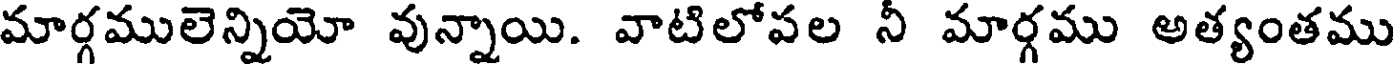
మార్గములెన్నియో వున్నాయి. వాటిలోపల నీ మార్గము అత్యంతము